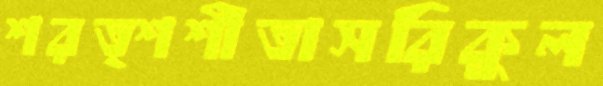
শরত্শশীতাসরিকুল